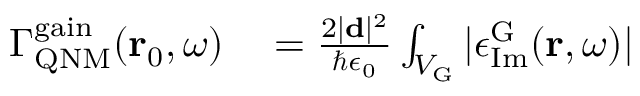
\begin{array} { r l } { \Gamma _ { \mathrm { Q N M } } ^ { \mathrm { g a i n } } ( \mathbf { r } _ { 0 } , \omega ) } & { { } = \frac { 2 | \mathbf { d } | ^ { 2 } } { \hbar \epsilon _ { 0 } } \int _ { V _ { \mathrm { G } } } | \epsilon _ { \mathrm { I m } } ^ { \mathrm { G } } ( \mathbf { r } , \omega ) | } \end{array}